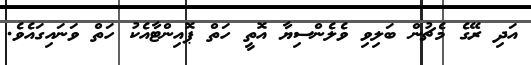
އަދި ރޭގެ މެޗުން ބަލިވި ވެލެންސިޔާ އޮތީ ހަތް ޕޮއިންޓާއެކު ހަތް ވަނައިގައެވެ.